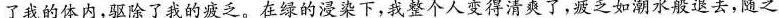
了我的体内，驱除了我的疲乏。在绿的浸染下，我整个人变得清爽了，疲乏如潮水般退去，随之